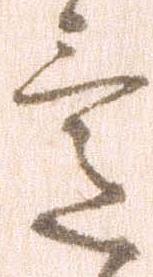
意